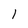
Character: l